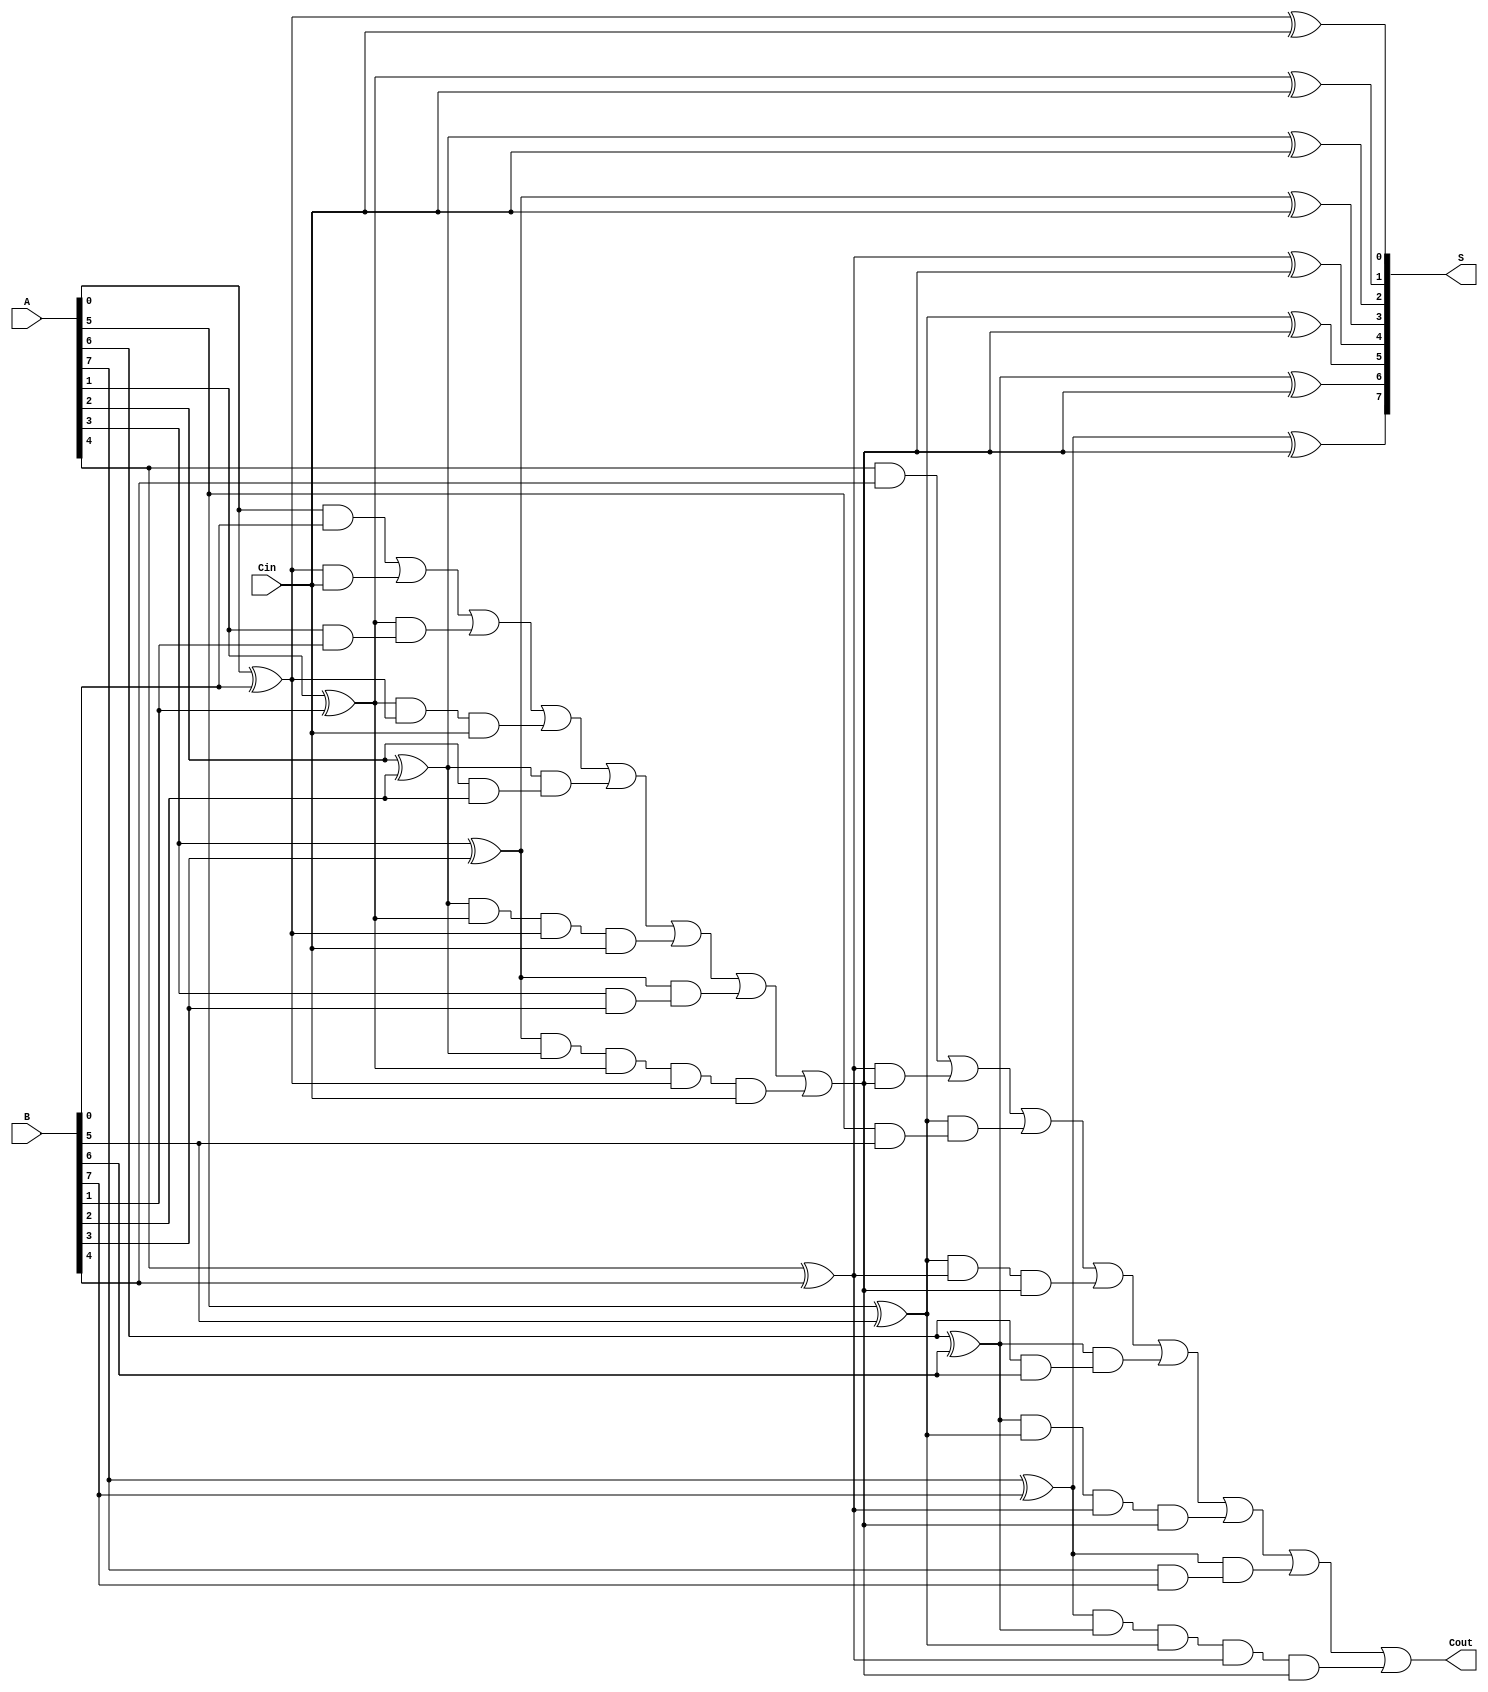
module han_carlson_adder #(parameter N = 8) (
    input [N-1:0] A,
    input [N-1:0] B,
    input Cin,
    output [N-1:0] S,
    output Cout
);

    // Internal carry signals
    wire [N/4:0] C; // Carry array for groups
    wire [N-1:0] G, P; // Generate and Propagate signals

    assign C[0] = Cin; // Initial carry in

    // Generate and Propagate logic for each bit
    generate
        genvar i;
        for (i = 0; i < N; i = i + 1) begin : gen_prop
            assign G[i] = A[i] & B[i]; // Generate
            assign P[i] = A[i] ^ B[i]; // Propagate
        end
    endgenerate

    // Carry for each group of 4 bits
    generate
        for (i = 0; i < N/4; i = i + 1) begin : carry_calc
            assign C[i+1] = G[i*4] | (P[i*4] & C[i]) | (P[i*4+1] & G[i*4+1]) | (P[i*4+1] & P[i*4] & C[i]) |
                            (P[i*4+2] & G[i*4+2]) | (P[i*4+2] & P[i*4+1] & P[i*4] & C[i]) |
                            (P[i*4+3] & G[i*4+3]) | (P[i*4+3] & P[i*4+2] & P[i*4+1] & P[i*4] & C[i]);
        end
    endgenerate

    // Sum calculation
    generate
        for (i = 0; i < N; i = i + 1) begin : sum_calc
            assign S[i] = P[i] ^ C[i/4]; // The sum is the propagate of A and B with the carry
        end
    endgenerate

    // Final carry out
    assign Cout = C[N/4];

endmodule